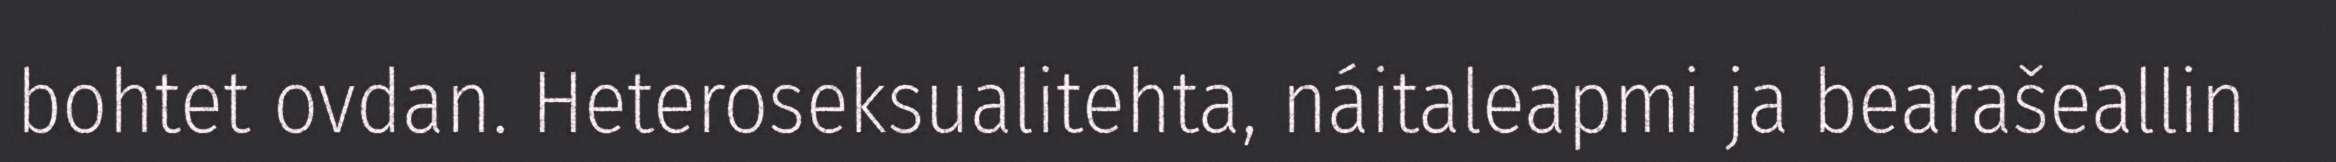
bohtet ovdan. Heteroseksualitehta, náitaleapmi ja bearašeallin